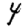
Digit: 4